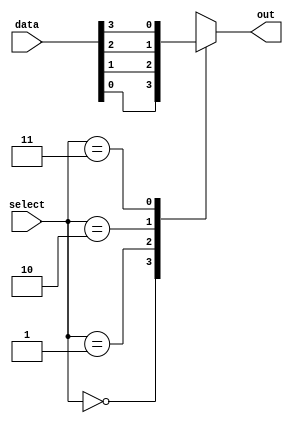
module parallel_case(
    input wire [1:0] select,
    input wire [3:0] data,
    output reg out
);

always @(*)
begin
    case(select)
        2'b00: out = data[0];
        2'b01: out = data[1];
        2'b10: out = data[2];
        2'b11: out = data[3];
        default: out = 0; // Default case
    endcase
end

endmodule